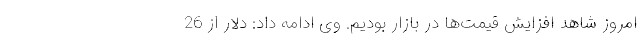
امروز شاهد افزایش قیمت‌ها در بازار بودیم. وی ادامه داد: دلار از 26